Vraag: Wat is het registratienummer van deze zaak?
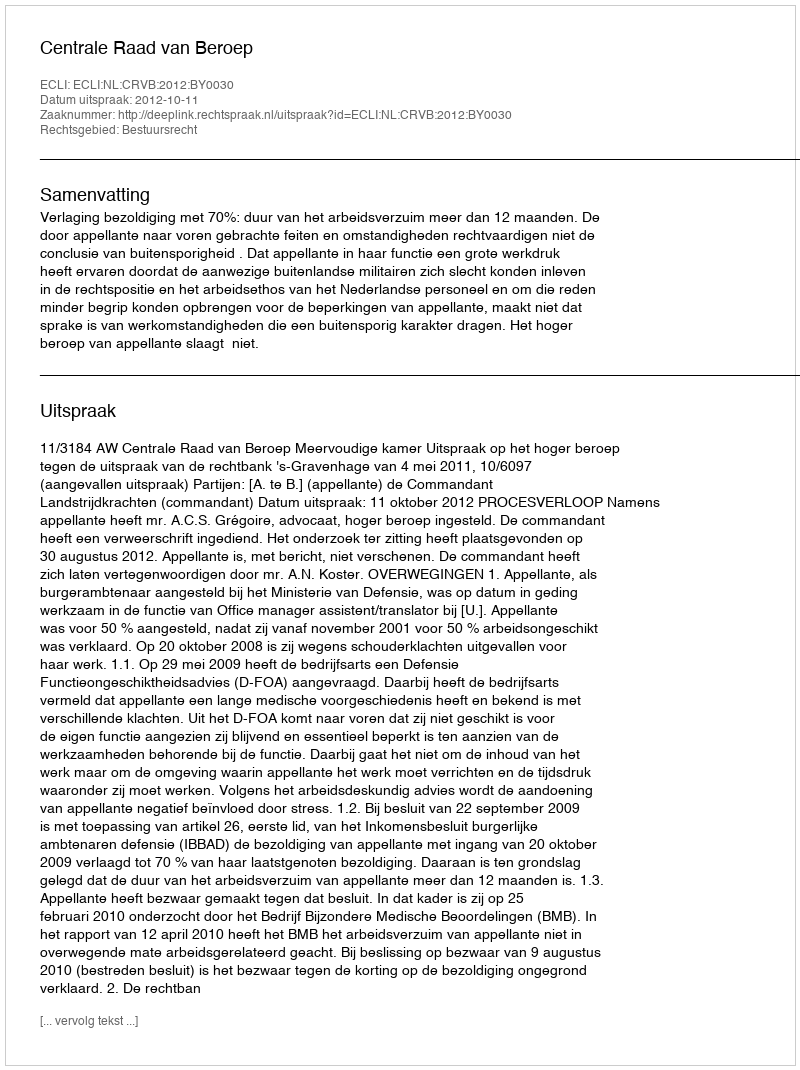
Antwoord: http://deeplink.rechtspraak.nl/uitspraak?id=ECLI:NL:CRVB:2012:BY0030